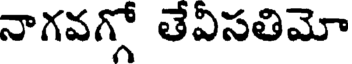
నాగవగ్గో తేవిసతిమో